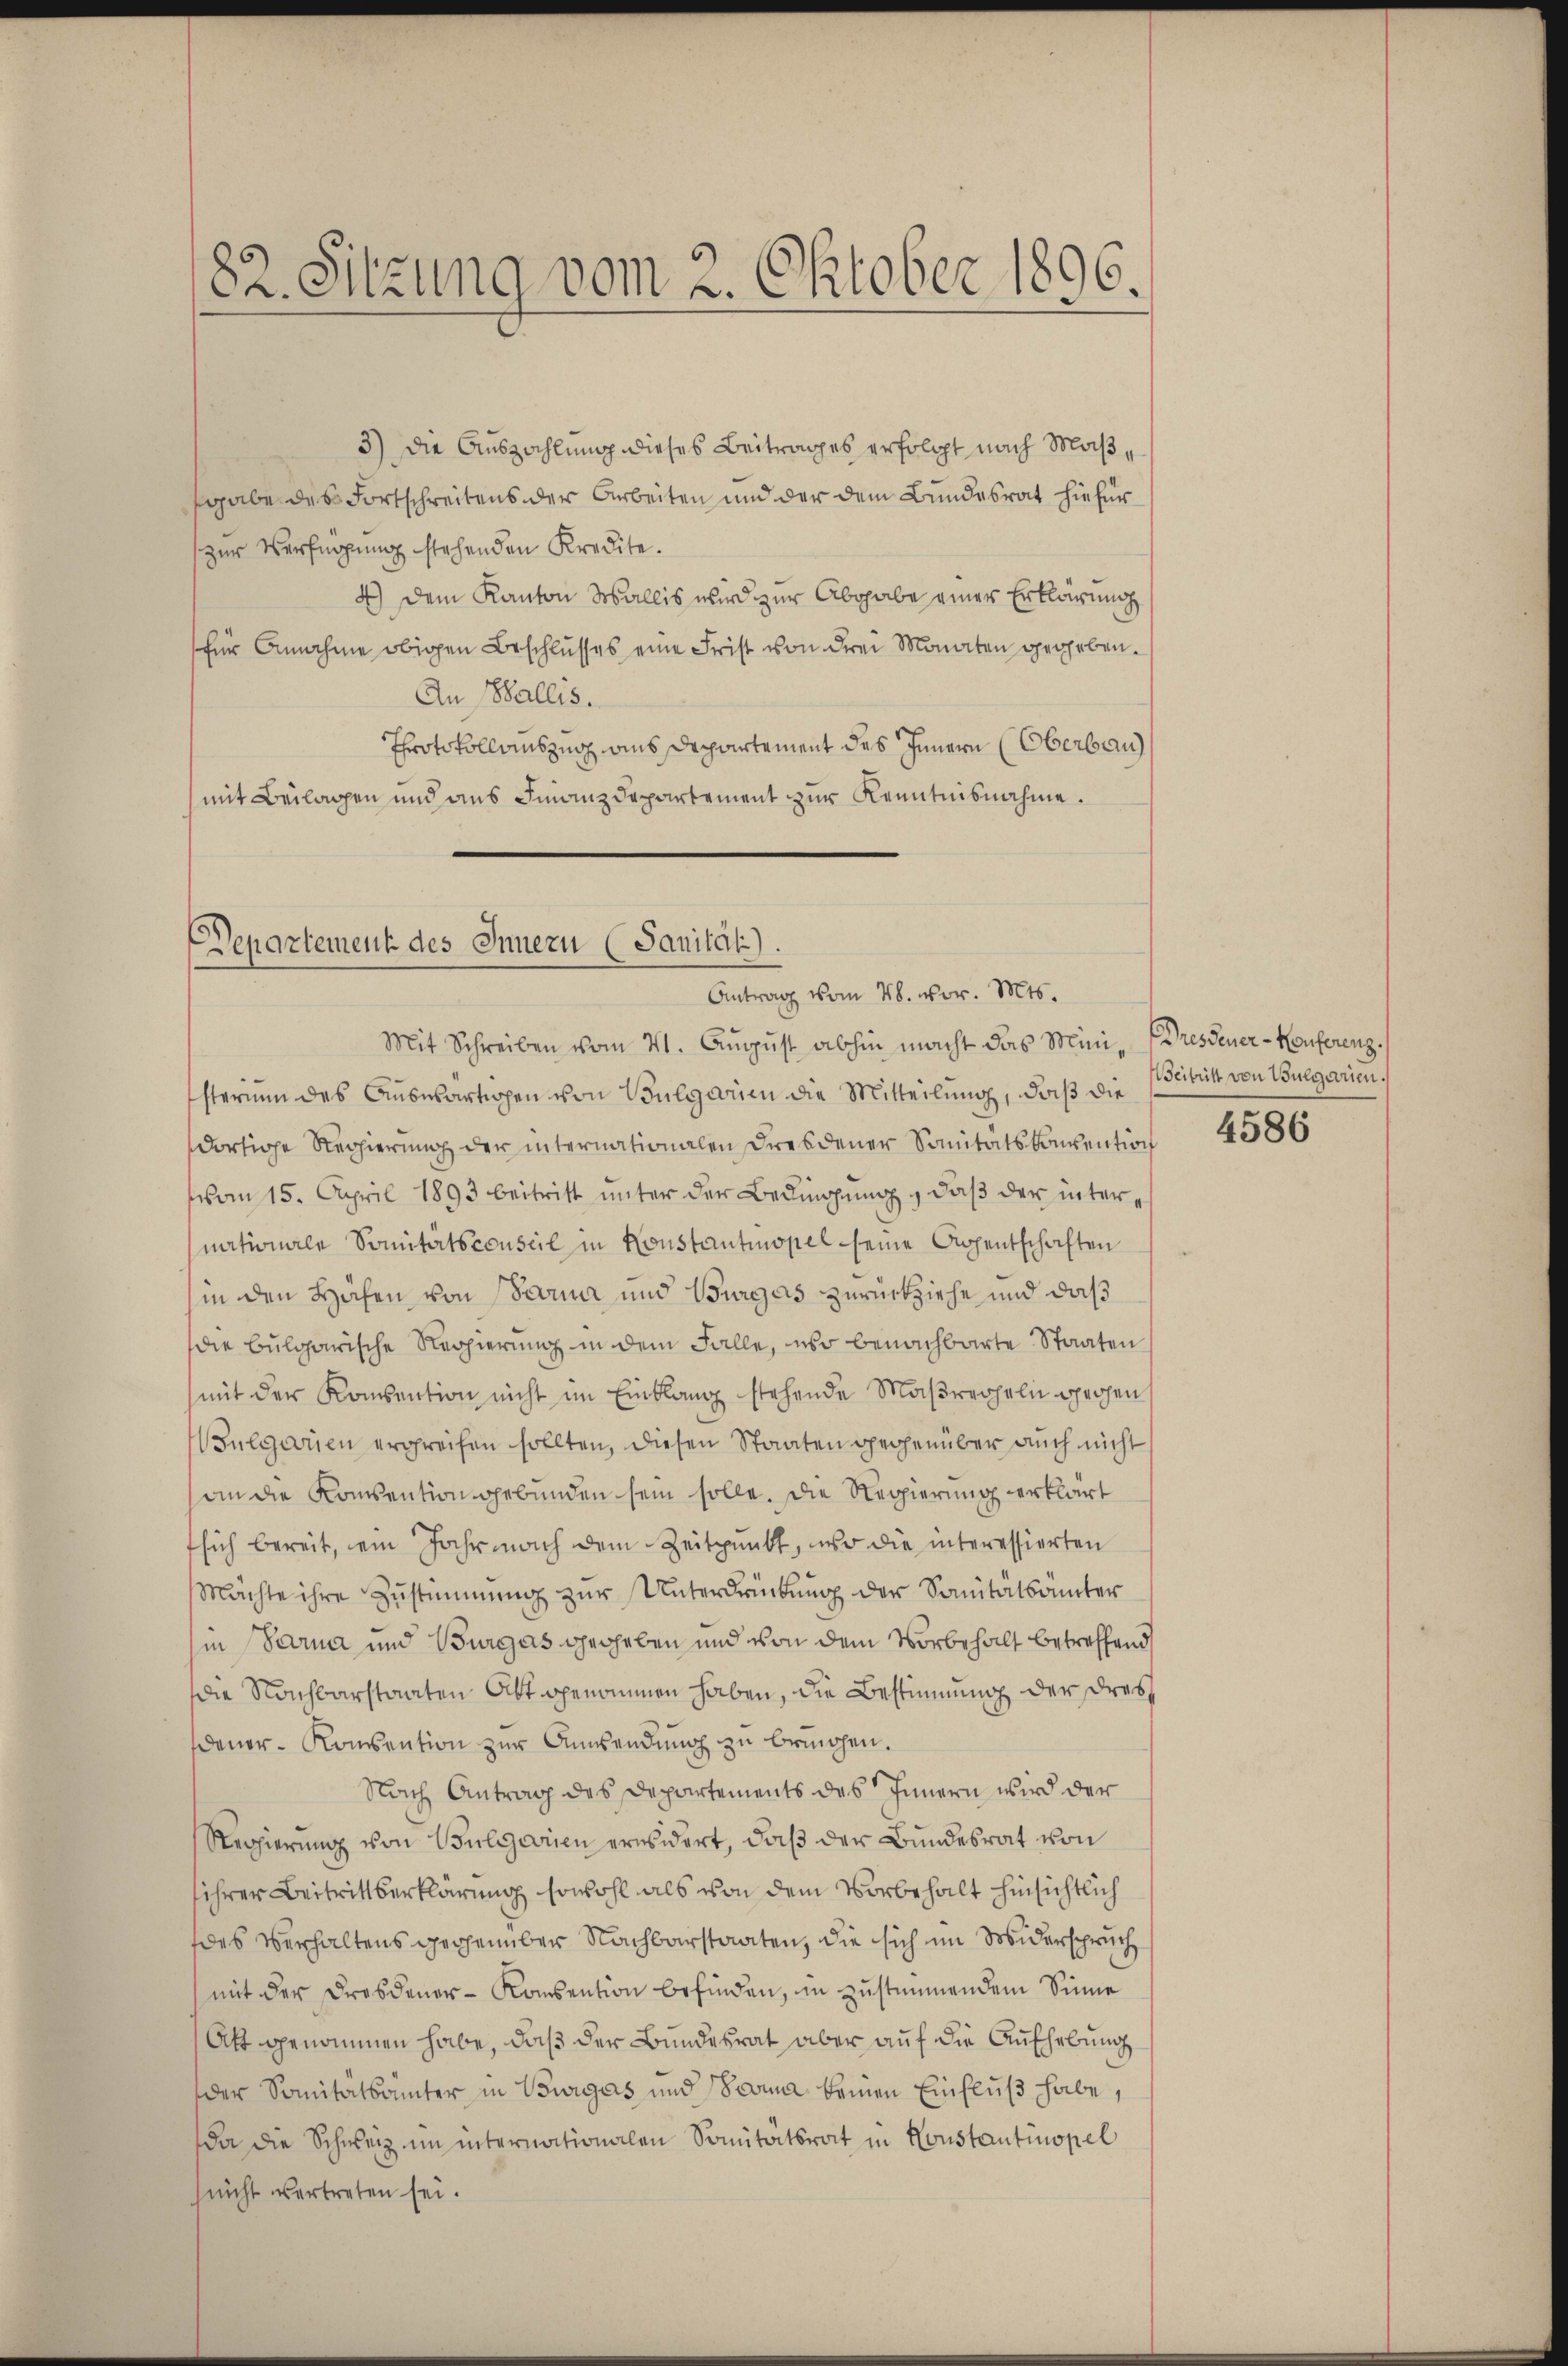
82. Sitzung vom 2. Oktober 1896.

3) Die Auszahlung dieses Beitrages erfolgt nach Maßsgabe des Fortschreitens der Arbeiten und der dem Bundesrat hiefür
zur Verfügung stehenden Kredite.
4.) Dem Kanton Wallis wird zur Abgabe einer Erklärung
für Annahme obigen Beschlusses eine Frist von drei Monaten gegeben.
An Wallis.
Throtokollauszug aus Departement des Innern (Oberbau
mit Beilagen und aus Finanzdepartement zur Kenntnisnahme.

Departement des Innern (Sanität).
Antrag vom 28. vor. Mts.

Mit Schreiben vom 21. August abhin macht das Mini-Dresdener-Konferenz.
sterium des Auswärtigen von Vulgare die Mitteilung, daß die
dortige Regierung der internationalen Dresdener Sanitätskonvention
vom 15. April 1893 beitritt unter der Bedingung, daß der internationale Sonitätsconseil in Konstantinopel seine Appentschaften
hin den Höhen von Sara und Burgas zurückziehe und daß
die bulgarische Regierung in dem Falle, er benachbarte Staaten
mit der Konsention nicht im Einklang stehende Maßregeln gehen
Bulgaren ergreifen sollten, diesen Staaten gegenüber auch nicht
an die Konsention gebunden sein solle. Die Regierung erklärt
sich bereit, ein Jahr nach dem Zeitpunkt, wo die interessierten
Mächte ihre Zustimmung zur Unterdrückung der Sanitätsämter
in Sarna und Burgas gegeben und von dem Vorbehalt betreffend
die Nachbarstaaten Abt genommen haben, die Bestimmung der drei¬
Deuer-Konsention zur Anwendung zu bringen.
Nach Antrag des Departements des Innern wird der
Regierung von Bulgarien erwidert, daß der Bundesrat von
sihrer Beitrittserklärung sowohl als von dem Vorbehalt hinsichtlich
des Verhaltens gegenüber Nachbarstaaten, die sich im Widerspruch
mit der Dresdener-Konsention befinden, in zustimmendem Sinne
Att genommen habe, daß der Bundesrat aber auf die Aufhebung
der Sanitätsämter in Burges und Branna keinen Einfluß habe,
a die Schweiz im internationalen Sonnitätsrat in Houstantinopel
(nicht vertreten sei.

Beitritt von Bulgarien

4586